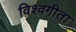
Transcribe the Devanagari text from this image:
विश्वगीता